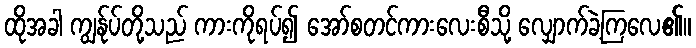
ထိုအခါ ကျွန်ုပ်တို့သည် ကားကိုရပ်၍ အော်စတင်ကားလေးစီသို့ လျှောက်ခဲ့ကြလေ၏။